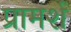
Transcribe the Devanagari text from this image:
प्रामर्श